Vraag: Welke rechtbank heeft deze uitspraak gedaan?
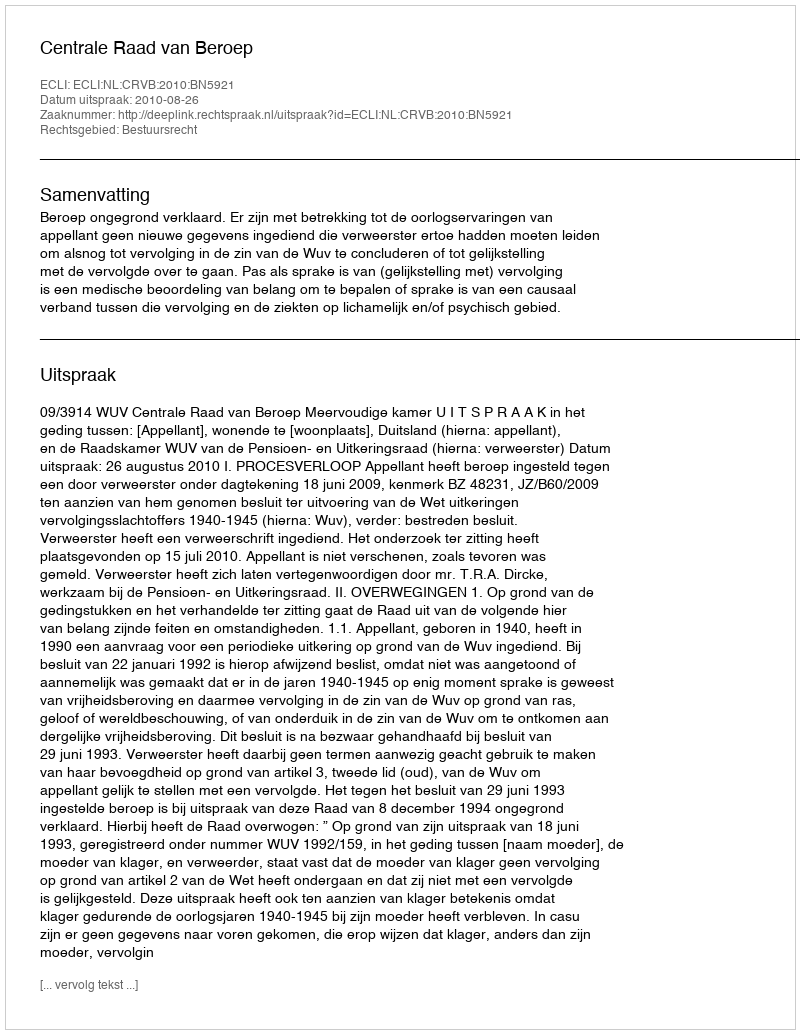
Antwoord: Centrale Raad van Beroep